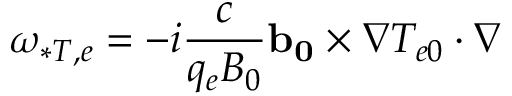
\omega _ { * T , e } = - i \frac { c } { q _ { e } B _ { 0 } } \mathbf { b _ { 0 } } \times \nabla T _ { e 0 } \cdot \nabla